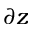
\partial z